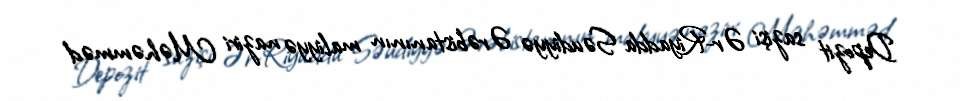
Depozit sazişi Ər-Riyadda Səudiyyə Ərəbistanının maliyyə naziri Məhəmməd